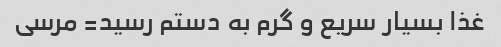
غذا بسیار سریع و گرم به دستم رسید= مرسی